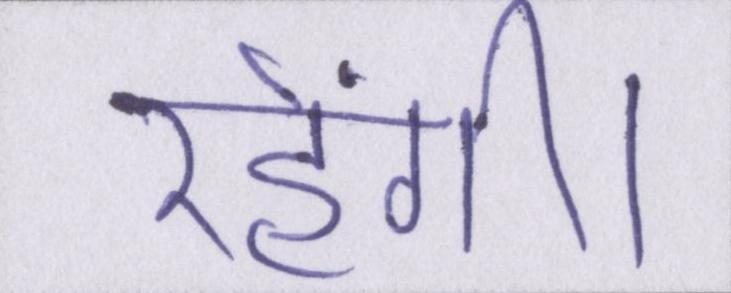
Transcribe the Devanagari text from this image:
रहेंगी।